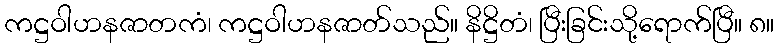
ကဋ္ဌဝါဟနဇာတကံ၊ ကဋ္ဌဝါဟနဇာတ်သည်။ နိဋ္ဌိတံ၊ ပြီးခြင်းသို့ရောက်ပြီ။ ၈။